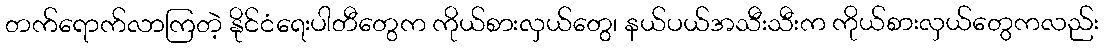
တက်ရောက်လာကြတဲ့ နိုင်ငံရေးပါတီတွေက ကိုယ်စားလှယ်တွေ၊ နယ်ပယ်အသီးသီးက ကိုယ်စားလှယ်တွေကလည်း